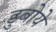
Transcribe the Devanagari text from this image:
डुबोये